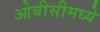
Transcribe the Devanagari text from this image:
ओबीसीमध्ये